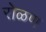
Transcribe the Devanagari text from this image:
रोळण